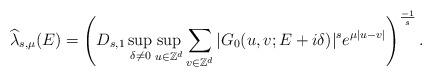
LaTeX: \begin{align*} \widehat{\lambda}_{s,\mu}(E)=\left( D_{s,1}\sup_{\delta\neq 0}\sup_{u\in \mathbb{Z}^d}\sum_{v\in \mathbb{Z}^d}|G_0(u,v;E+i\delta)|^se^{\mu|u-v|}\right)^\frac{-1}{s}.\end{align*}